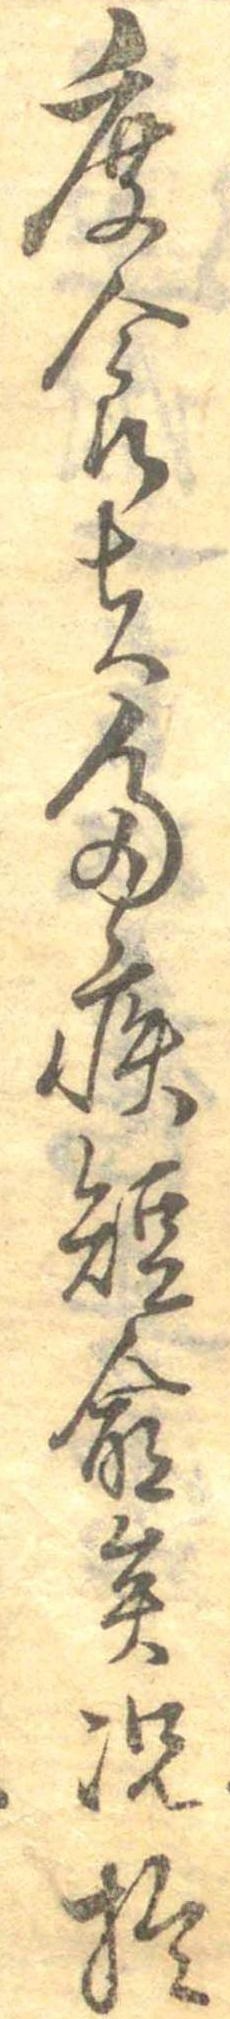
麁食者多疾短命矣況於